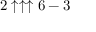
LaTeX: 2 \uparrow \uparrow \uparrow 6 - 3